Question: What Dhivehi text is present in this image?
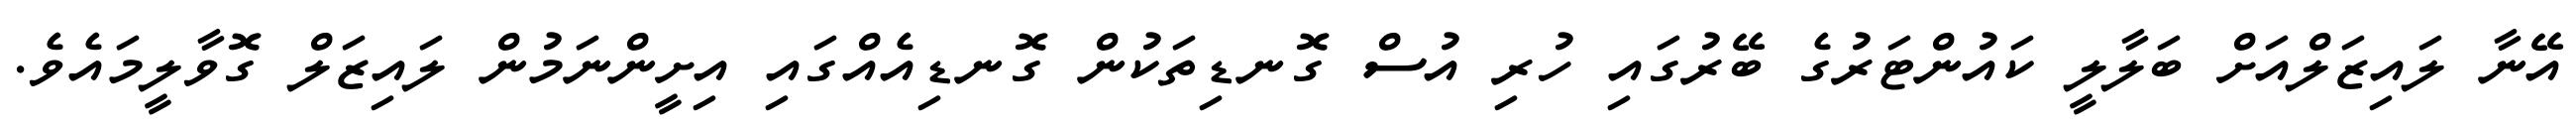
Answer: އޭނާ ލައިޒަލްއަށް ބަލާލީ ކައުންޓަރުގެ ބޭރުގައި ހުރި އުސް ގޮނޑިތަކުން ގޮނޑިއެއްގައި އިށީންނަމުން ލައިޒަލް ގޮވާލީމައެވެ.